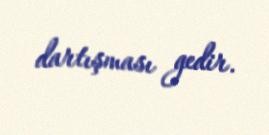
dartışması gedir.